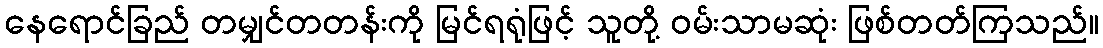
နေရောင်ခြည် တမျှင်တတန်းကို မြင်ရရုံဖြင့် သူတို့ ဝမ်းသာမဆုံး ဖြစ်တတ်ကြသည်။